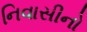
નિવાસીનો